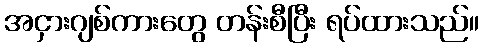
အငှားဂျစ်ကားတွေ တန်းစီပြီး ရပ်ထားသည်။